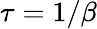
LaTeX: \tau=1/\beta